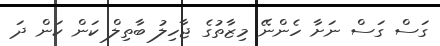
ގަސް ގަސް ނަށާ ހެންނޭ މިޒާތުގެ ޖާހިލު ބާތިލް ކަން ކަން ދަ